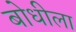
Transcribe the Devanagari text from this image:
बोधीला